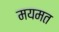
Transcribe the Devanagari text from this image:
मयमत